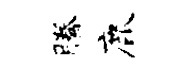
腾鹿